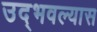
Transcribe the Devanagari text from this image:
उद्भवल्यास